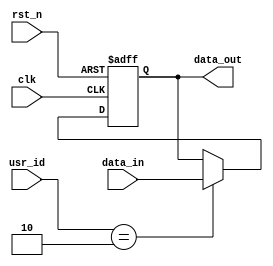
//copilot mean_prob: 0.7597198252111345
//This file was assembled by gen.py, written by redactedAuthorFirstname redactedAuthorLastname.
module user_locked_register(data_out, usr_id, data_in, clk, rst_n);
output reg [7:0] data_out;
input wire [1:0] usr_id;
input wire [7:0] data_in;
input wire clk, rst_n;

//write data_in to data_out only when usr_id is 2'h2
//-copilot next line-
//copilot mean_prob: 0.7597198252111345

always @(posedge clk, negedge rst_n) begin
    if (rst_n == 0)
        data_out <= 1'b0;
    else
        if (usr_id == 2'h2) begin
            data_out <= data_in;
        end
end



endmodule